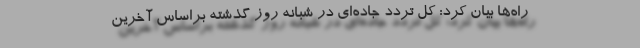
راه‌ها بیان کرد: کل تردد جاده‌ای در شبانه ‌روز گذشته‌ براساس آخرین